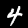
Digit: 4